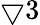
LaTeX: \bigtriangledown 3